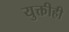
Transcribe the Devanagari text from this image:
युक्तीही